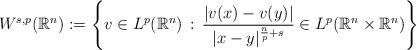
LaTeX: \begin{align*}W^{s,p}(\mathbb{R}^n):=\left\{v \in L^p(\mathbb{R}^n)\,:\,\frac{|v(x)-v(y)|}{|x-y|^{\frac{n}{p}+s}} \in L^p(\mathbb{R}^n \times \mathbb{R}^n) \right\}\end{align*}